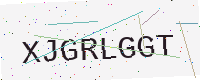
Text: XJGRLGGT